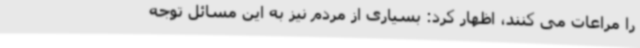
را مراعات می کنند، اظهار کرد: بسیاری از مردم نیز به این مسائل توجه